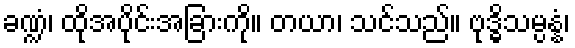
ခဏ္ဍံ၊ ထိုအပိုင်းအခြားကို။ တယာ၊ သင်သည်။ ဗုဒ္ဓိသမ္ပန္နံ၊